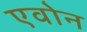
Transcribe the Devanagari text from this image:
एवोन